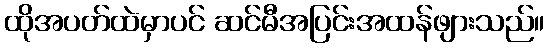
ထိုအပတ်ထဲမှာပင် ဆင်မီအပြင်းအထန်ဖျားသည်။